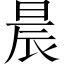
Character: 晨